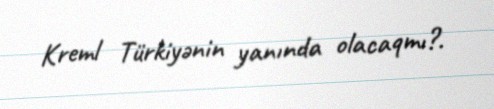
Kreml Türkiyənin yanında olacaqmı?.